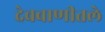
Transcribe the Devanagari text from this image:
देववाणीतले